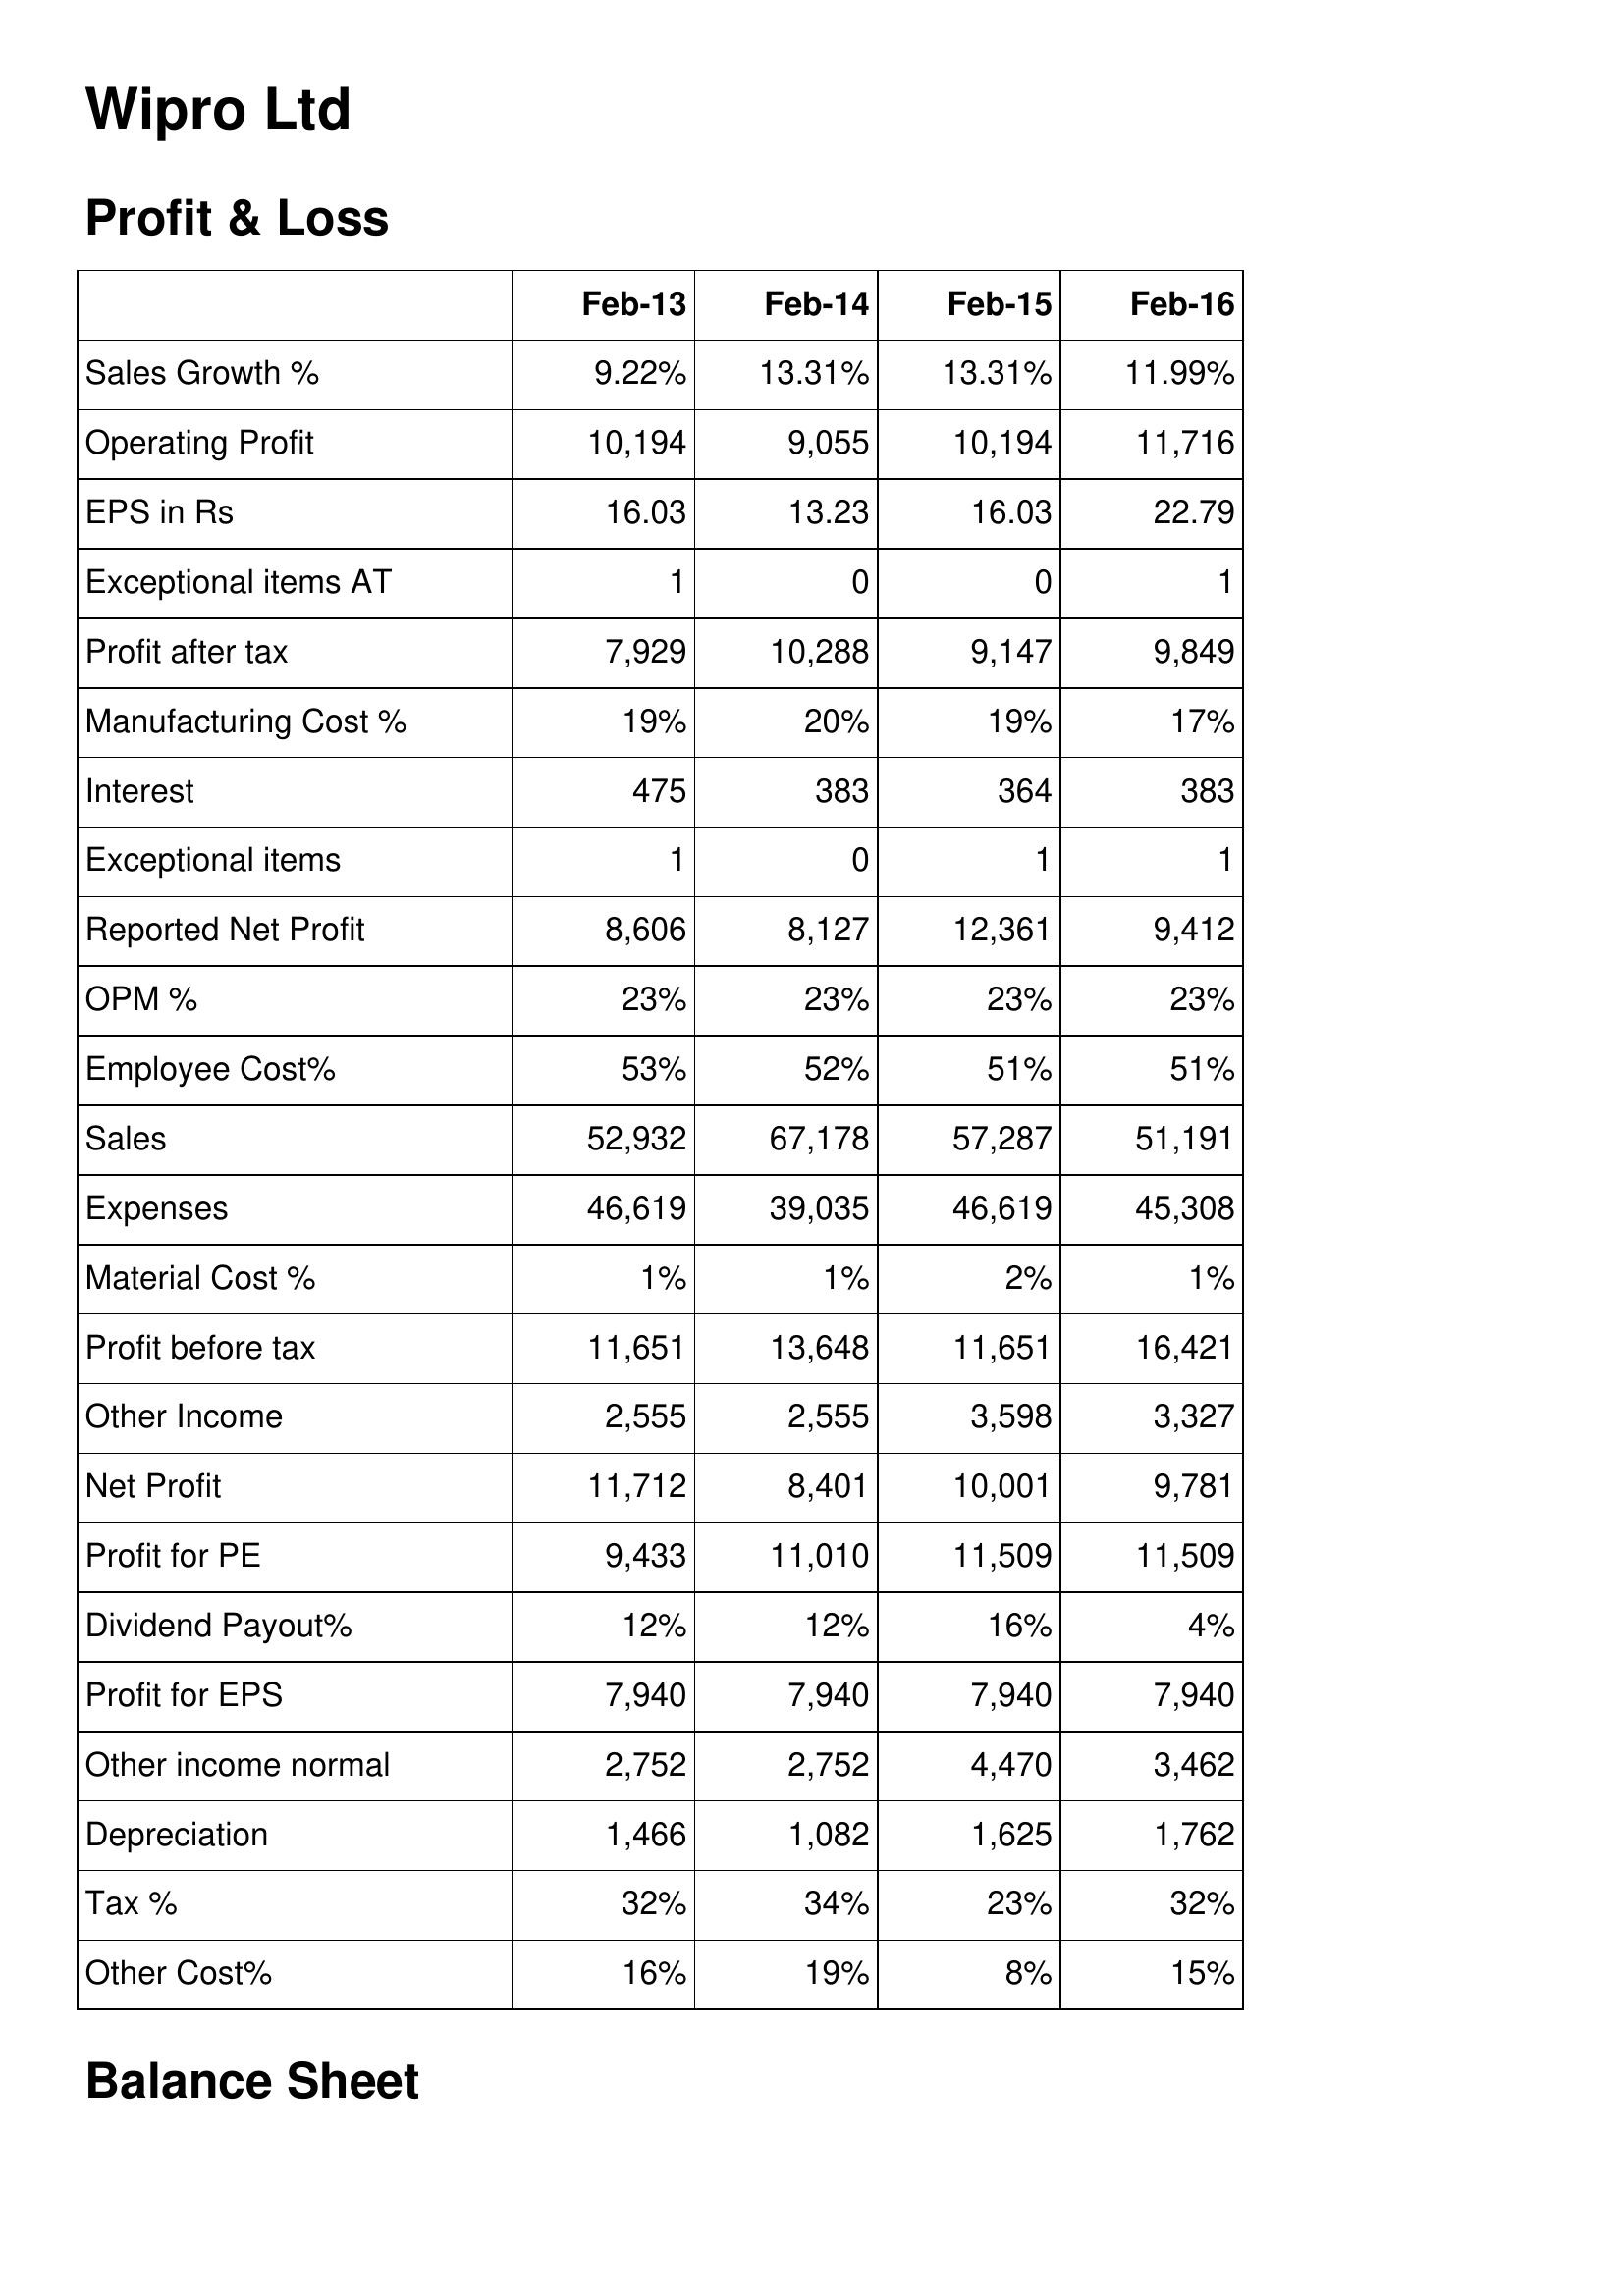
Feb-13: Profit & Loss: Sales Growth %: 9.22%
Operating Profit: 10,194
EPS in Rs: 16.03
Exceptional items AT: 1
Profit after tax: 7,929
Manufacturing Cost %: 19%
Interest: 475
Exceptional items: 1
Reported Net Profit: 8,606
OPM %: 23%
Employee Cost%: 53%
Sales: 52,932
Expenses: 46,619
Material Cost %: 1%
Profit before tax: 11,651
Other Income: 2,555
Net Profit: 11,712
Profit for PE: 9,433
Dividend Payout%: 12%
Profit for EPS: 7,940
Other income normal: 2,752
Depreciation: 1,466
Tax %: 32%
Other Cost%: 16%
Feb-14: Profit & Loss: Sales Growth %: 13.31%
Operating Profit: 9,055
EPS in Rs: 13.23
Exceptional items AT: 0
Profit after tax: 10,288
Manufacturing Cost %: 20%
Interest: 383
Exceptional items: 0
Reported Net Profit: 8,127
OPM %: 23%
Employee Cost%: 52%
Sales: 67,178
Expenses: 39,035
Material Cost %: 1%
Profit before tax: 13,648
Other Income: 2,555
Net Profit: 8,401
Profit for PE: 11,010
Dividend Payout%: 12%
Profit for EPS: 7,940
Other income normal: 2,752
Depreciation: 1,082
Tax %: 34%
Other Cost%: 19%
Feb-15: Profit & Loss: Sales Growth %: 13.31%
Operating Profit: 10,194
EPS in Rs: 16.03
Exceptional items AT: 0
Profit after tax: 9,147
Manufacturing Cost %: 19%
Interest: 364
Exceptional items: 1
Reported Net Profit: 12,361
OPM %: 23%
Employee Cost%: 51%
Sales: 57,287
Expenses: 46,619
Material Cost %: 2%
Profit before tax: 11,651
Other Income: 3,598
Net Profit: 10,001
Profit for PE: 11,509
Dividend Payout%: 16%
Profit for EPS: 7,940
Other income normal: 4,470
Depreciation: 1,625
Tax %: 23%
Other Cost%: 8%
Feb-16: Profit & Loss: Sales Growth %: 11.99%
Operating Profit: 11,716
EPS in Rs: 22.79
Exceptional items AT: 1
Profit after tax: 9,849
Manufacturing Cost %: 17%
Interest: 383
Exceptional items: 1
Reported Net Profit: 9,412
OPM %: 23%
Employee Cost%: 51%
Sales: 51,191
Expenses: 45,308
Material Cost %: 1%
Profit before tax: 16,421
Other Income: 3,327
Net Profit: 9,781
Profit for PE: 11,509
Dividend Payout%: 4%
Profit for EPS: 7,940
Other income normal: 3,462
Depreciation: 1,762
Tax %: 32%
Other Cost%: 15%